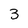
Character: 3